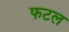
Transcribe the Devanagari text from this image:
फटल